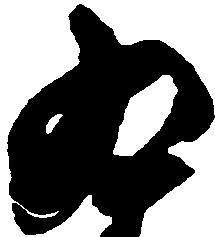
為